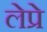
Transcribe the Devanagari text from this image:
लेप्रे